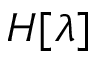
H [ \lambda ]